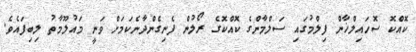
ކޮއްކޮ ސޮހައިލްޚާން ފިލްމުގައި ސަލްމާންގެ ކޮއްކޮގެ ރޯލުން ފެނިގެންދާނެކަމަށް ވަނީ މައުލޫމާތު ލިބިފައެވެ.